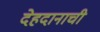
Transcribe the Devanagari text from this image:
देहदानाची